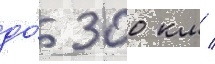
до́ 300 км /